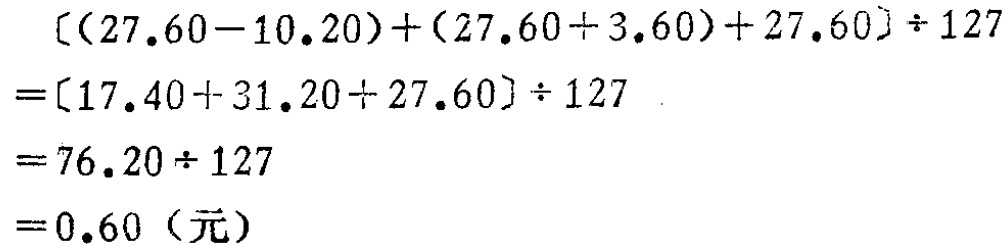
\[
\begin{align*}
&[(27.60 - 10.20)+(27.60 + 3.60)+27.60]\div127\\
=&[17.40 + 31.20+27.60]\div127\\
=&76.20\div127\\
=&0.60 \text{（元）}
\end{align*}
\]